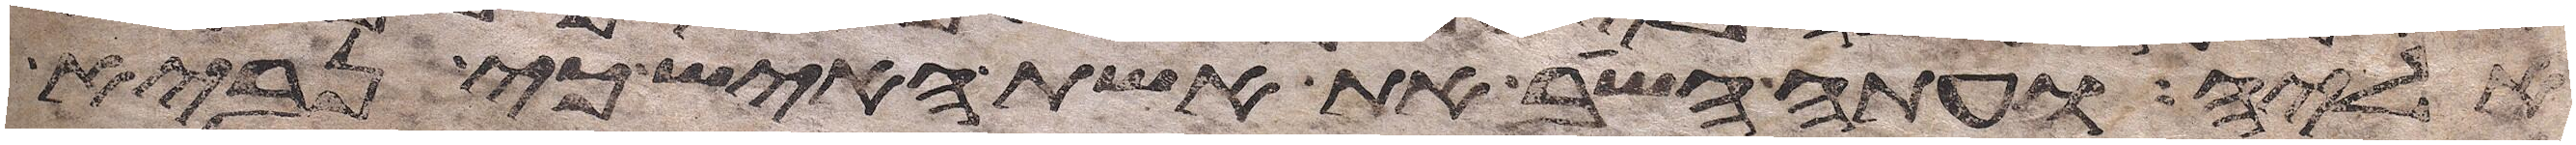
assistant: אליה ועתה השב את אשת האיש כי נביא